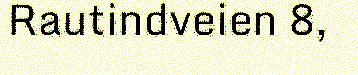
Rautindveien 8,